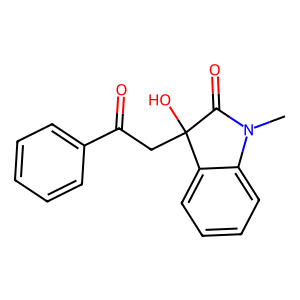
SMILES: CN1C(=O)C(O)(CC(=O)c2ccccc2)c2ccccc21
Inhibits HIV replication: No